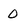
Character: 0